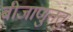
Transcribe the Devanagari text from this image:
बीजाणुतंतु